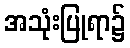
အသုံးပြုရာ၌